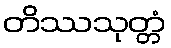
တိဿသုတ္တံ